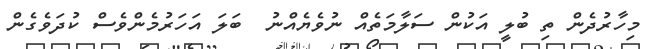
މިހާރުދެން ތި ބުލީ އަކުން ސަލާމަތެއް ނުވެޔެއްނު  ބަލަ އަހަރުމެންވެސް ކުދަވެގެން